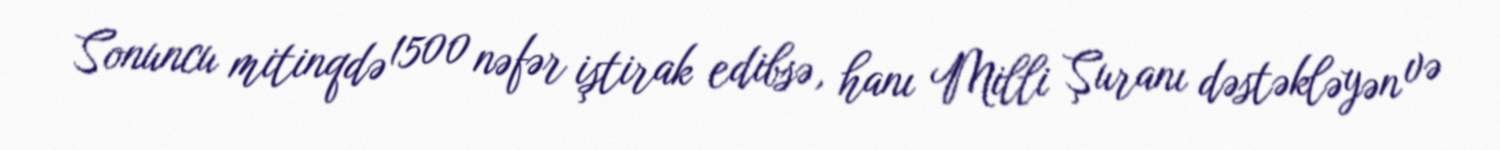
Sonuncu mitinqdə 1500 nəfər iştirak edibsə, hanı Milli Şuranı dəstəkləyən və